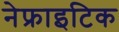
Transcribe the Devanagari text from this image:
नेफ्राइटिक